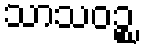
သာသဝဉ္စ